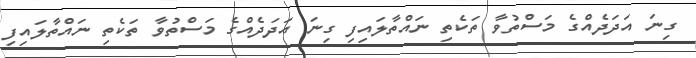
ގިނަ އަދަދެއްގެ މަސްތުވާ ތަކެތި ނައްތާލައިފި ގިނަ އަދަދެއްގެ މަސްތުވާ ތަކެތި ނައްތާލައިފި